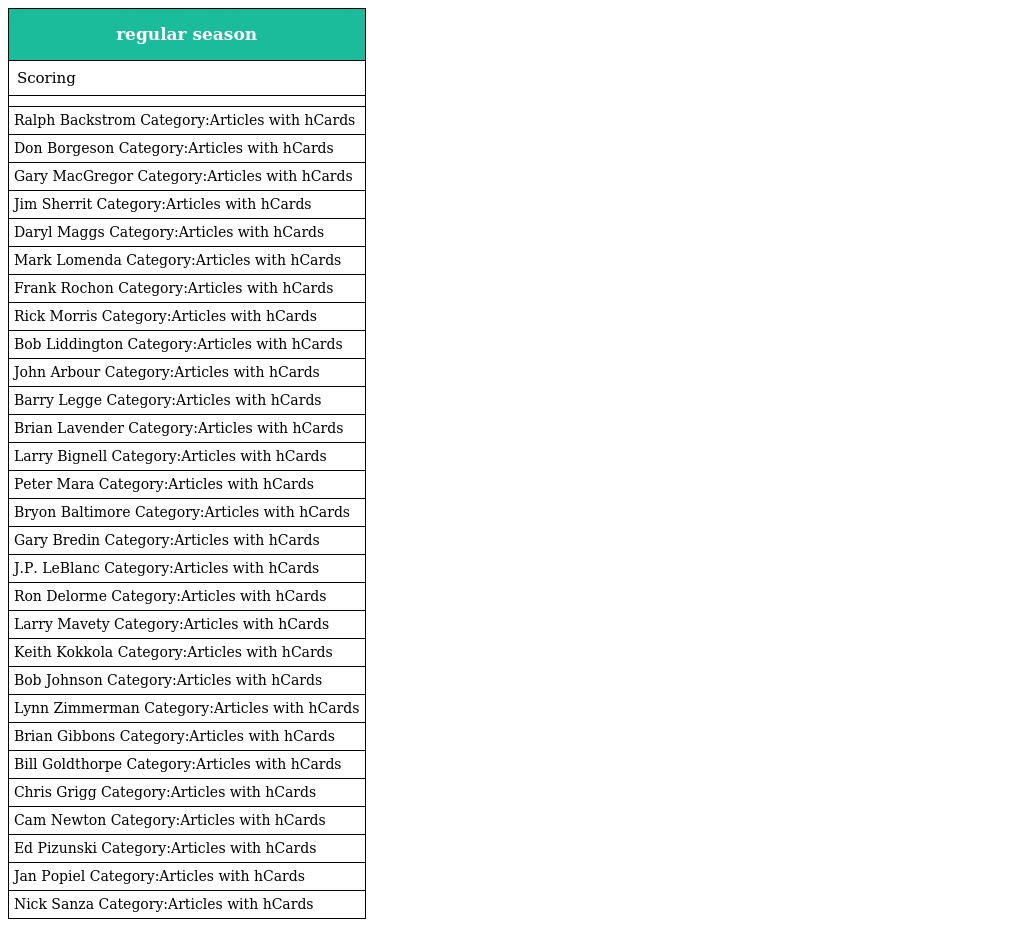
| regular season |
 | --- |
 | Scoring |
 |  |
 | Ralph Backstrom Category:Articles with hCards |
 | Don Borgeson Category:Articles with hCards |
 | Gary MacGregor Category:Articles with hCards |
 | Jim Sherrit Category:Articles with hCards |
 | Daryl Maggs Category:Articles with hCards |
 | Mark Lomenda Category:Articles with hCards |
 | Frank Rochon Category:Articles with hCards |
 | Rick Morris Category:Articles with hCards |
 | Bob Liddington Category:Articles with hCards |
 | John Arbour Category:Articles with hCards |
 | Barry Legge Category:Articles with hCards |
 | Brian Lavender Category:Articles with hCards |
 | Larry Bignell Category:Articles with hCards |
 | Peter Mara Category:Articles with hCards |
 | Bryon Baltimore Category:Articles with hCards |
 | Gary Bredin Category:Articles with hCards |
 | J.P. LeBlanc Category:Articles with hCards |
 | Ron Delorme Category:Articles with hCards |
 | Larry Mavety Category:Articles with hCards |
 | Keith Kokkola Category:Articles with hCards |
 | Bob Johnson Category:Articles with hCards |
 | Lynn Zimmerman Category:Articles with hCards |
 | Brian Gibbons Category:Articles with hCards |
 | Bill Goldthorpe Category:Articles with hCards |
 | Chris Grigg Category:Articles with hCards |
 | Cam Newton Category:Articles with hCards |
 | Ed Pizunski Category:Articles with hCards |
 | Jan Popiel Category:Articles with hCards |
 | Nick Sanza Category:Articles with hCards |